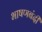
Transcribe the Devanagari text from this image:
भाषणबंदी